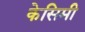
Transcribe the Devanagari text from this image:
केसिमी